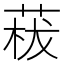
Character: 𦴡